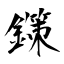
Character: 鏼